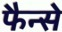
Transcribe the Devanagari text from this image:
फैन्से